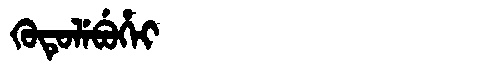
Manchu: ᡴᡠᡨᡠᠯᡝᠪᡠᡥᡝᡳ
Romanization: KUTULEBUHEI